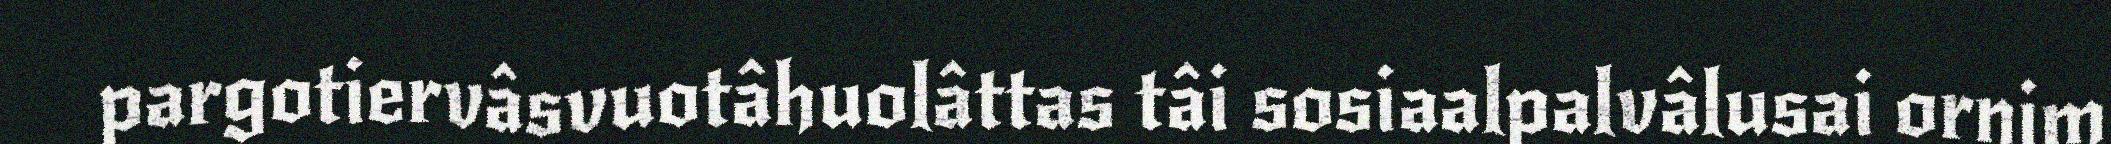
pargotiervâsvuotâhuolâttas tâi sosiaalpalvâlusai ornim